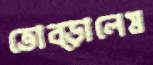
তোব্‌ড়ালেম